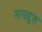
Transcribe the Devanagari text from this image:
मनसुल